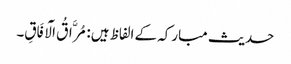
حدیث مبارکہ کے الفاظ ہیں: مُرَّاقُ الْآفَاقِ۔